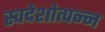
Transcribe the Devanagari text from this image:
स्वदेशोत्पन्न